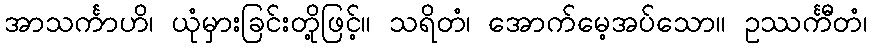
အာသင်္ကာဟိ၊ ယုံမှားခြင်းတို့ဖြင့်။ သရိတံ၊ အောက်မေ့အပ်သော။ ဥဿင်္ကီတံ၊